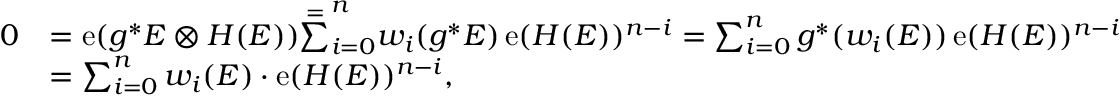
\begin{array} { r l } { 0 } & { = \operatorname { e } ( g ^ { * } E \otimes H ( E ) ) \overset { = } \sum _ { i = 0 } ^ { n } w _ { i } ( g ^ { * } E ) \operatorname { e } ( H ( E ) ) ^ { n - i } = \sum _ { i = 0 } ^ { n } g ^ { * } ( w _ { i } ( E ) ) \operatorname { e } ( H ( E ) ) ^ { n - i } } \\ & { = \sum _ { i = 0 } ^ { n } w _ { i } ( E ) \cdot \operatorname { e } ( H ( E ) ) ^ { n - i } , } \end{array}